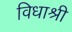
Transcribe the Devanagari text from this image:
विधाश्री